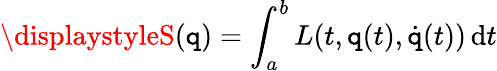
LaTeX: \displaystyleS({\boldsymbol{\mathtt{q}}})=\int_{a}^{b}L(t,{\boldsymbol{\mathtt{q}}}(t),{\dot{{\boldsymbol{\mathtt{q}}}}}(t))\, \mathrm{{d}}t